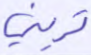
تريني